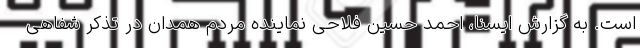
است. به گزارش ایسنا، احمد حسین فلاحی نماینده مردم همدان در تذکر شفاهی